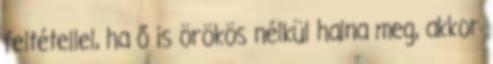
feltétellel, ha ő is örökös nélkül halna meg, akkor